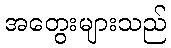
အတွေးများသည်